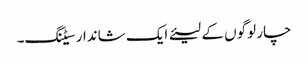
چار لوگوں کے لیئے ایک شاندار سیٹنگ۔